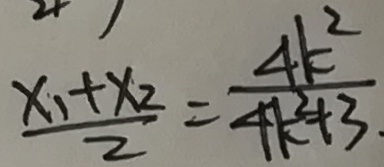
\frac { x _ { 1 } + x _ { 2 } } { 2 } = \frac { 4 k ^ { 2 } } { 4 k ^ { 2 } + 3 . }